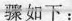
骤如下：